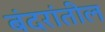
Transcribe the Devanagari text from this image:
बंदरांतील